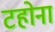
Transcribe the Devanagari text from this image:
टहोना